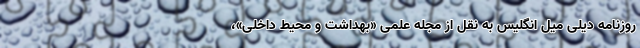
روزنامه دیلی میل انگلیس به نقل از مجله علمی «بهداشت و محیط داخلی»،